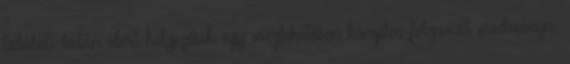
találati listán elért helyezések egy meglehetősen komplex folyamat eredményei.